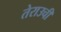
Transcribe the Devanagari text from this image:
तेराउची